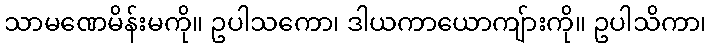
သာမဏေမိန်းမကို။ ဥပါသကော၊ ဒါယကာယောကျ်ားကို။ ဥပါသိကာ၊